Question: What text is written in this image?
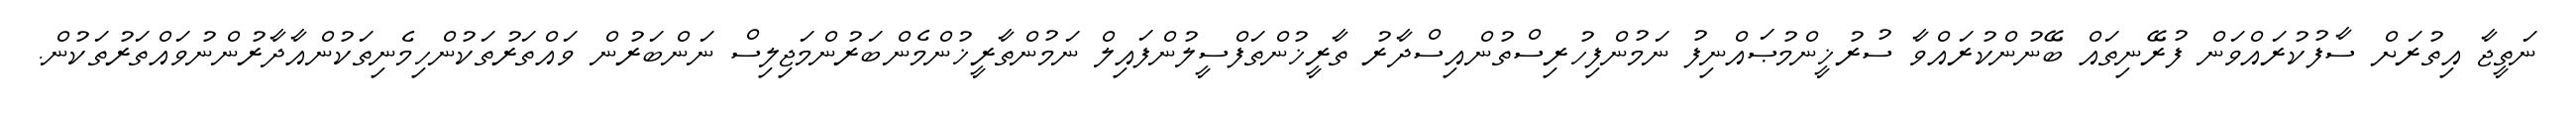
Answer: ނަތީޖާ އިތުރަށް ސާފުކުރައްވަން ފުރޭނިތައް ބޭނުންކުރައްވާ ސުރުޚީންމުޞައްނިފު ނަމުންފިހުރިސްތުންއިސްދާރު ތާރީޚުންތަފްސީލުންފައިލް ނަމުންތާރީޚުންމެންބަރުންމަޖިލިސް ނަންބަރުން ވައްތަރުތަކުންހިމެނިތަކުންއާދާރުންނުވައްތަރުތަކުން.